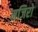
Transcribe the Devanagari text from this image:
मजिरो